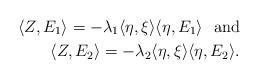
LaTeX: \begin{align*} \langle Z,E_1\rangle = -\lambda_1\langle\eta,\xi\rangle\langle \eta,E_1\rangle \ \ \mathrm{and} \\\langle Z,E_2\rangle = -\lambda_2\langle\eta,\xi\rangle\langle\eta,E_2\rangle.\end{align*}